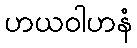
ဟယဝါဟနံ